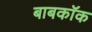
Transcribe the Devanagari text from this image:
बाबकॉक